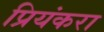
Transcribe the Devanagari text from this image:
प्रियंकरा